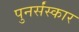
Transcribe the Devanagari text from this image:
पुनर्संस्कार